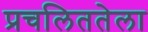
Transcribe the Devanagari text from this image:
प्रचलिततेला